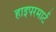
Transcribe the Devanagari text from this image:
हाइपरमार्ट